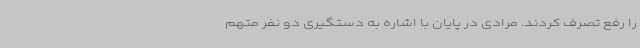
را رفع تصرف کردند. مرادی در پایان با اشاره به دستگیری دو نفر متهم